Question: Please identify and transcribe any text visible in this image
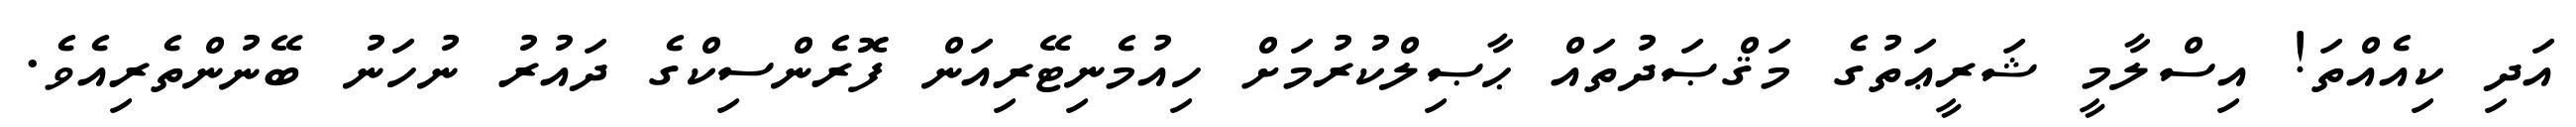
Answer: އަދި ކިއެއްތަ! އިސްލާމީ ޝަރީޢަތުގެ މަޤްޞަދުތައް ޙާޞިލްކުރުމަށް ހިއުމެނިޓޭރިއަން ފޮރެންސިކްގެ ދައުރު ނުހަނު ބޭނުންތެރިއެވެ.